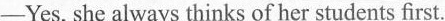
-Yes, she always thinks of her students first.